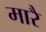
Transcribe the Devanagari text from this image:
मारै